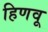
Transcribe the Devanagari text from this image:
हिणवू